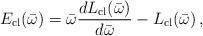
LaTeX: \begin{align*}E_{{\rm cl}}(\bar\omega) = \bar\omega \frac{d L_{{\rm cl}}(\bar\omega)}{d\bar\omega}- L_{{\rm cl}}(\bar\omega) \,,\end{align*}